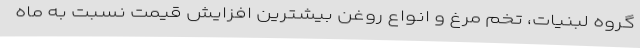
گروه لبنیات، تخم مرغ و انواع روغن بیشترین افزایش قیمت نسبت به ماه